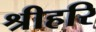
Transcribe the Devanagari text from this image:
श्रीहरि